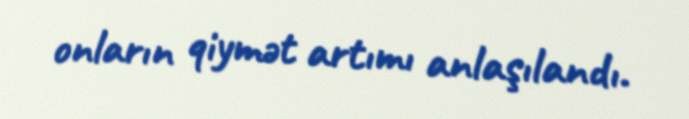
onların qiymət artımı anlaşılandı.